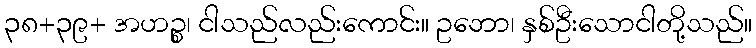
၃၈+၃၉+ အဟဉ္စ၊ ငါသည်လည်းကောင်း။ ဥဘော၊ နှစ်ဦးသောငါတို့သည်။